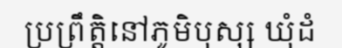
ប្រព្រឹត្តិនៅភូមិបុស្ស ឃុំដំ